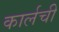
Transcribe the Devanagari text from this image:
कार्लची